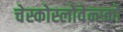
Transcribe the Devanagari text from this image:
चेस्कोस्लोवेन्स्को